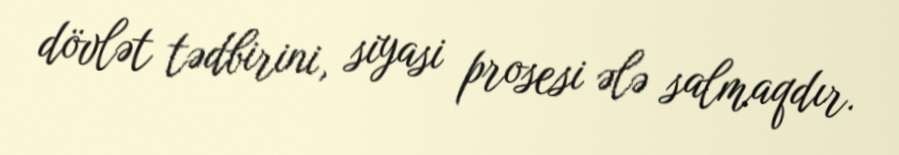
dövlət tədbirini, siyasi prosesi ələ salmaqdır.